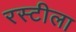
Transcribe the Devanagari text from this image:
रस्टीला